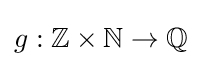
g:\mathbb {Z} \times \mathbb {N} \to \mathbb {Q}